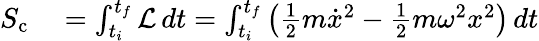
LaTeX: \begin{array}{rl}{S_{\mathrm{c}}}&{{}=\int_{t_{i}}^{t_{f}}{\mathcal{L}}\, dt=\int_{t_{i}}^{t_{f}}\left({\frac{1}{2}}m{\dot{x}}^{2}-{\frac{1}{2}}m\omega^{2}x^{2}\right)\, dt}\end{array}